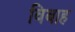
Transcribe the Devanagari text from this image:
विबाह